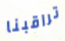
تراقبنا